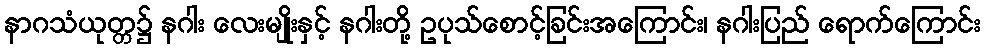
နာဂသံယုတ္တ၌ နဂါး လေးမျိုးနှင့် နဂါးတို့ ဥပုသ်စောင့်ခြင်းအကြောင်း၊ နဂါးပြည် ရောက်ကြောင်း